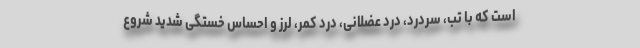
است که با تب، سردرد، درد عضلانی، درد کمر، لرز و احساس خستگی شدید شروع